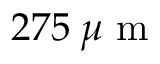
2 7 5 \: \mu \mathrm { ~ m ~ }